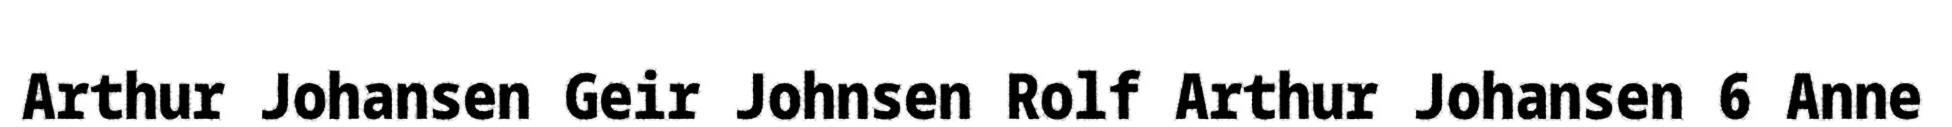
Arthur Johansen Geir Johnsen Rolf Arthur Johansen 6 Anne